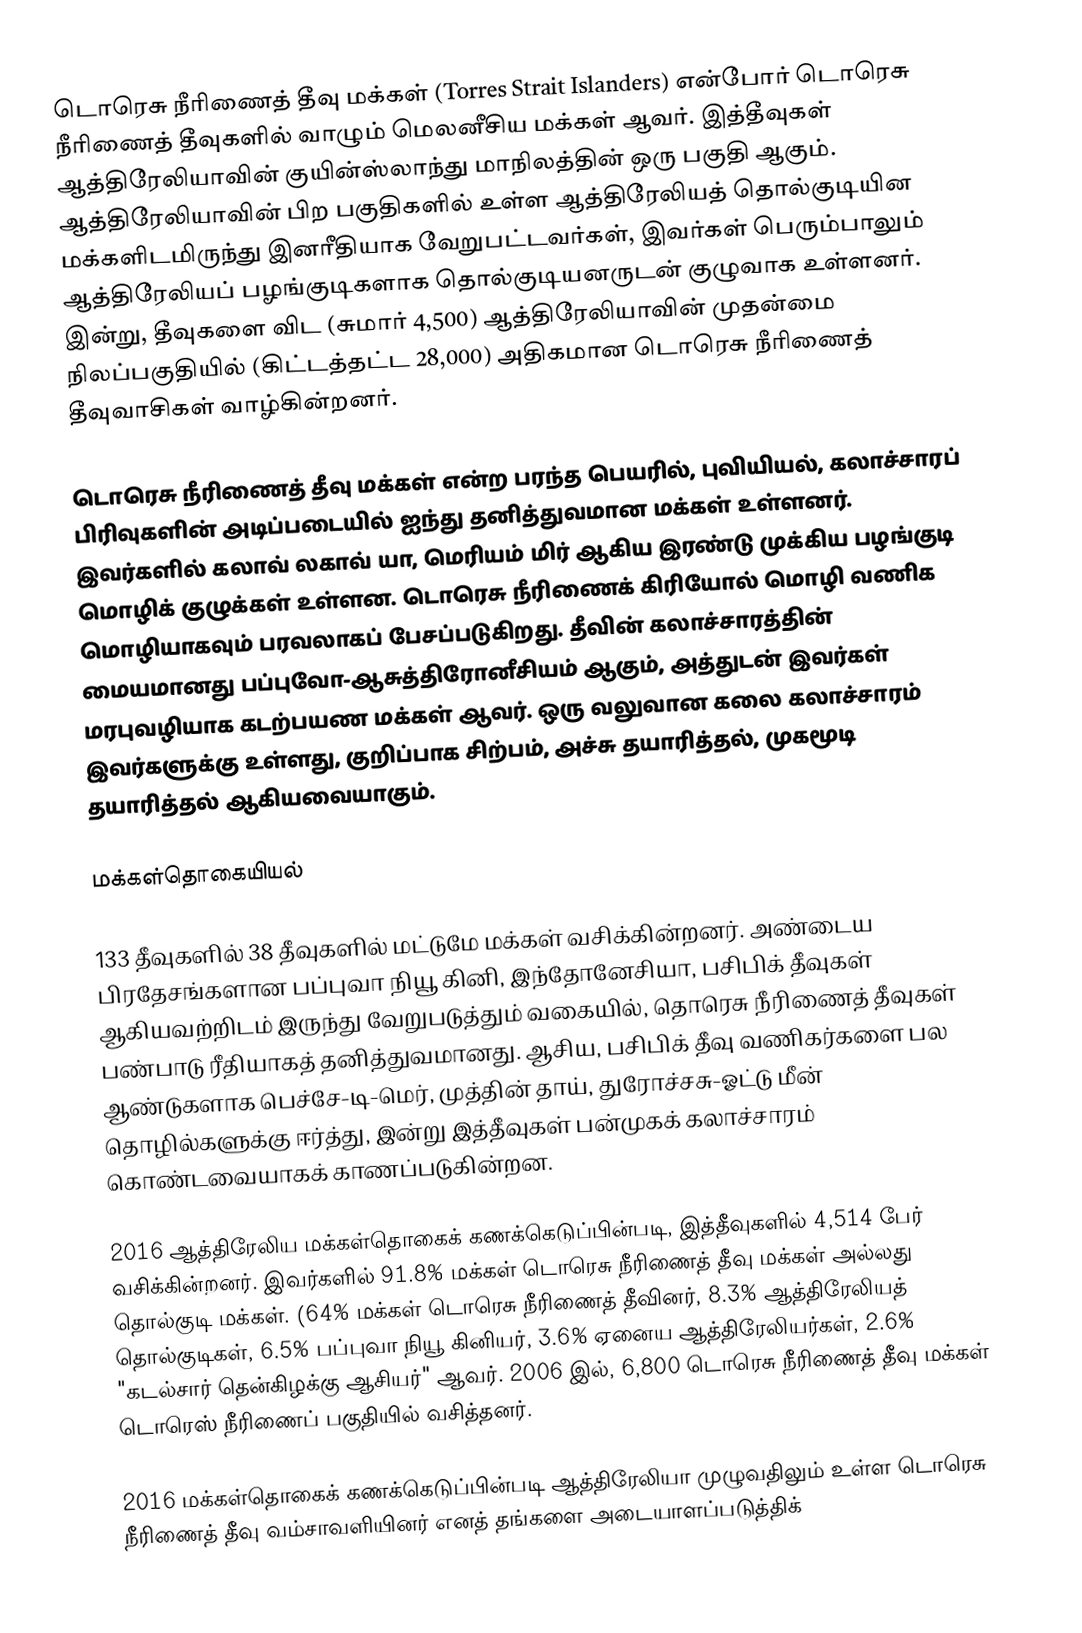
டொரெசு நீரிணைத் தீவு மக்கள் (Torres Strait Islanders) என்போர் டொரெசு நீரிணைத் தீவுகளில் வாழும் மெலனீசிய மக்கள் ஆவர். இத்தீவுகள் ஆத்திரேலியாவின் குயின்ஸ்லாந்து மாநிலத்தின் ஒரு பகுதி ஆகும். ஆத்திரேலியாவின் பிற பகுதிகளில் உள்ள ஆத்திரேலியத் தொல்குடியின மக்களிடமிருந்து இனரீதியாக வேறுபட்டவர்கள், இவர்கள் பெரும்பாலும் ஆத்திரேலியப் பழங்குடிகளாக தொல்குடியனருடன் குழுவாக உள்ளனர். இன்று, தீவுகளை விட (சுமார் 4,500) ஆத்திரேலியாவின் முதன்மை நிலப்பகுதியில் (கிட்டத்தட்ட 28,000) அதிகமான டொரெசு நீரிணைத் தீவுவாசிகள் வாழ்கின்றனர்.

டொரெசு நீரிணைத் தீவு மக்கள் என்ற பரந்த பெயரில், புவியியல், கலாச்சாரப் பிரிவுகளின் அடிப்படையில் ஐந்து தனித்துவமான மக்கள் உள்ளனர். இவர்களில் கலாவ் லகாவ் யா, மெரியம் மிர் ஆகிய இரண்டு முக்கிய பழங்குடி மொழிக் குழுக்கள் உள்ளன. டொரெசு நீரிணைக் கிரியோல் மொழி வணிக மொழியாகவும் பரவலாகப் பேசப்படுகிறது. தீவின் கலாச்சாரத்தின் மையமானது பப்புவோ-ஆசுத்திரோனீசியம் ஆகும், அத்துடன் இவர்கள் மரபுவழியாக கடற்பயண மக்கள் ஆவர். ஒரு வலுவான கலை கலாச்சாரம் இவர்களுக்கு உள்ளது, குறிப்பாக சிற்பம், அச்சு தயாரித்தல், முகமூடி தயாரித்தல் ஆகியவையாகும்.

மக்கள்தொகையியல்

133 தீவுகளில் 38 தீவுகளில் மட்டுமே மக்கள் வசிக்கின்றனர். அண்டைய பிரதேசங்களான பப்புவா நியூ கினி, இந்தோனேசியா, பசிபிக் தீவுகள் ஆகியவற்றிடம் இருந்து வேறுபடுத்தும் வகையில், தொரெசு நீரிணைத் தீவுகள் பண்பாடு ரீதியாகத் தனித்துவமானது. ஆசிய, பசிபிக் தீவு வணிகர்களை பல ஆண்டுகளாக பெச்சே-டி-மெர், முத்தின் தாய், துரோச்சசு-ஓட்டு மீன் தொழில்களுக்கு ஈர்த்து, இன்று இத்தீவுகள் பன்முகக் கலாச்சாரம் கொண்டவையாகக் காணப்படுகின்றன.

2016 ஆத்திரேலிய மக்கள்தொகைக் கணக்கெடுப்பின்படி, இத்தீவுகளில் 4,514 பேர் வசிக்கின்றனர். இவர்களில் 91.8% மக்கள் டொரெசு நீரிணைத் தீவு மக்கள் அல்லது தொல்குடி மக்கள். (64% மக்கள் டொரெசு நீரிணைத் தீவினர், 8.3% ஆத்திரேலியத் தொல்குடிகள், 6.5% பப்புவா நியூ கினியர், 3.6% ஏனைய ஆத்திரேலியர்கள், 2.6% "கடல்சார் தென்கிழக்கு ஆசியர்" ஆவர். 2006 இல், 6,800 டொரெசு நீரிணைத் தீவு மக்கள் டொரெஸ் நீரிணைப் பகுதியில் வசித்தனர்.

2016 மக்கள்தொகைக் கணக்கெடுப்பின்படி ஆத்திரேலியா முழுவதிலும் உள்ள டொரெசு நீரிணைத் தீவு வம்சாவளியினர் எனத் தங்களை அடையாளப்படுத்திக்